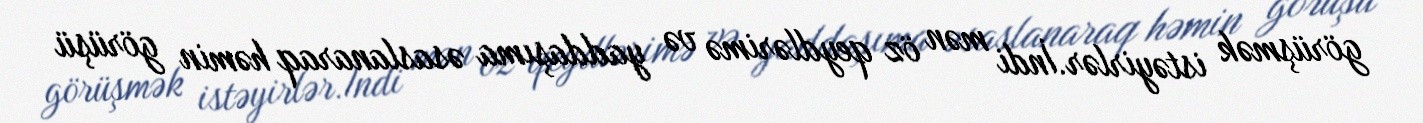
görüşmək istəyirlər.İndi mən öz qeydlərimə və yaddaşıma əsaslanaraq həmin görüşü